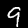
Digit: 9